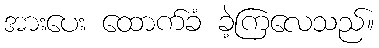
အားပေး ထောက်ခံ ခဲ့ကြလေသည်။